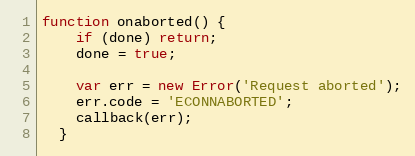
Language: JavaScript
function onaborted() {
    if (done) return;
    done = true;

    var err = new Error('Request aborted');
    err.code = 'ECONNABORTED';
    callback(err);
  }